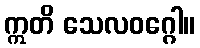
ဣတိ သေလဝဂ္ဂေါ။